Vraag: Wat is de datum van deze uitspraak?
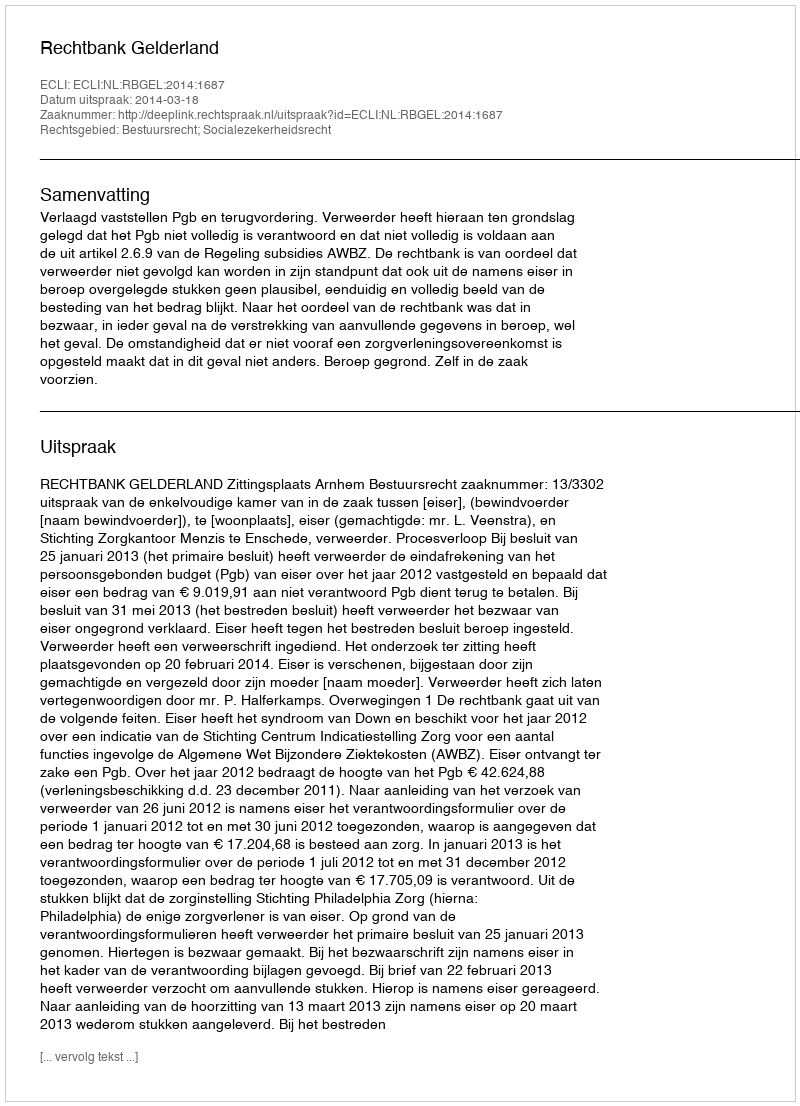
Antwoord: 2014-03-18